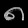
Digit: ၈